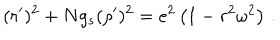
( r ^ { \prime } ) ^ { 2 } + N g _ { s } ( \rho ^ { \prime } ) ^ { 2 } = e ^ { 2 } \left( 1 - r ^ { 2 } \omega ^ { 2 } \right) \, .